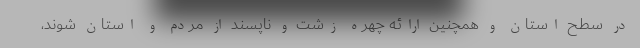
در سطح استان و همچنین ارائه چهره زشت و ناپسند از مردم و استان ‌شوند،